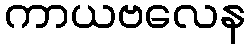
ကာယဗလေန